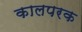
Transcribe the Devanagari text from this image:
कालपरक